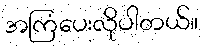
အကြံပေးလိုပါတယ်။